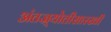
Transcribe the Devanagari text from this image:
अंतज्र्योतीसारखी